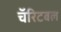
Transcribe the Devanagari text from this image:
चॅरिटबल